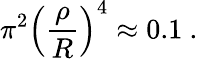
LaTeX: \pi^{2}\left(\frac{\rho}{R}\right)^{4}\approx 0.1\ .